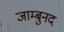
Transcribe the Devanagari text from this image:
जाम्बुनद